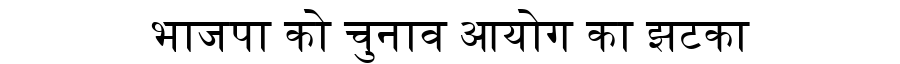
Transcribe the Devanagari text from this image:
भाजपा को चुनाव आयोग का झटका